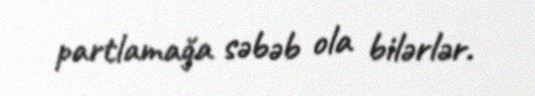
partlamağa səbəb ola bilərlər.